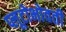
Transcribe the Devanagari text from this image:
प्लूटोभोवती